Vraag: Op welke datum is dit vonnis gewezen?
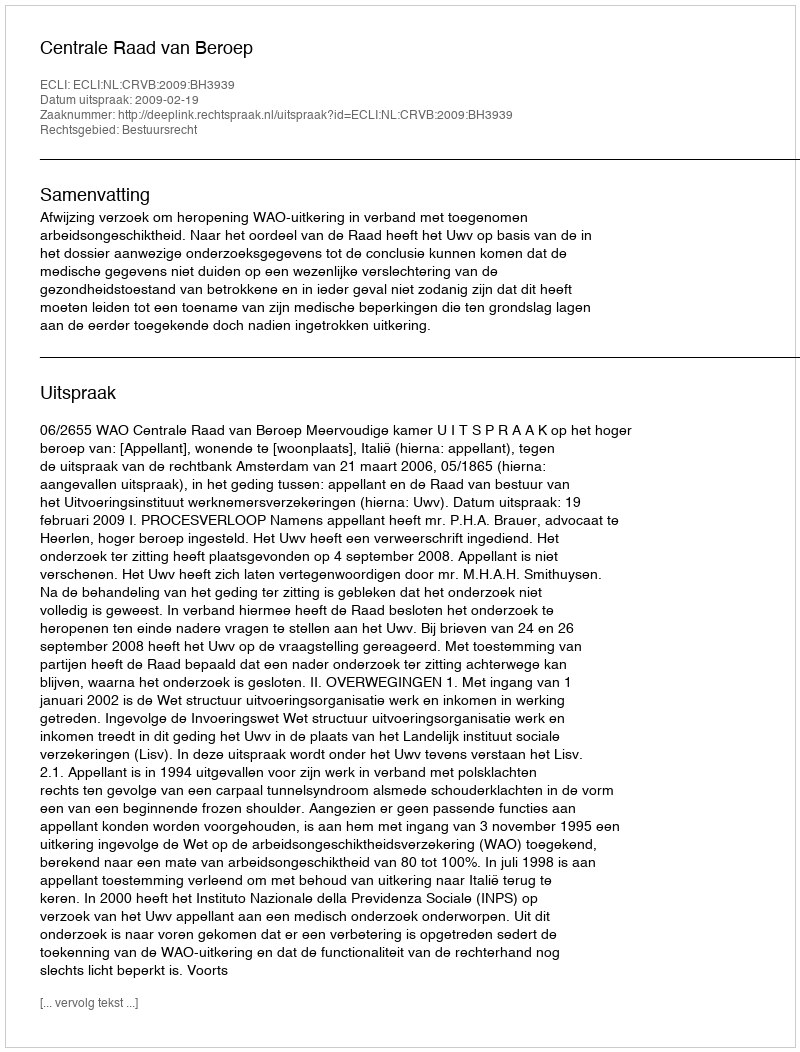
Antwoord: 2009-02-19